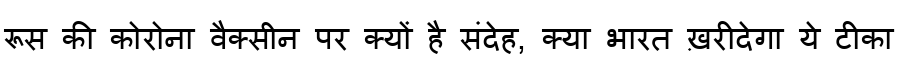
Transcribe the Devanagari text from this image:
रूस की कोरोना वैक्सीन पर क्यों है संदेह, क्या भारत ख़रीदेगा ये टीका